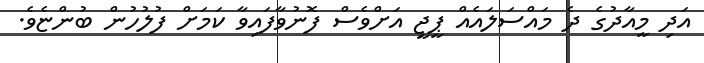
އަދި މީއާދުގެ ދެ މައްސަލައެއް ޕީޖީ އަށްވެސް ފޮނުވާފައިވާ ކަމަށް ފުލުހުން ބުންޏެވެ.